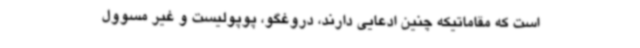
است که مقاماتیکه چنین ادعایی دارند، دروغگو، پوپولیست و غیر مسوول